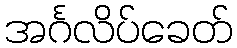
အင်္ဂလိပ်ခေတ်